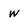
Character: w